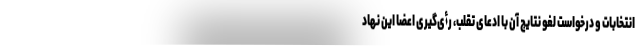
انتخابات و درخواست لغو نتایج آن با ادعای تقلب، رأی‌گیری اعضا این نهاد